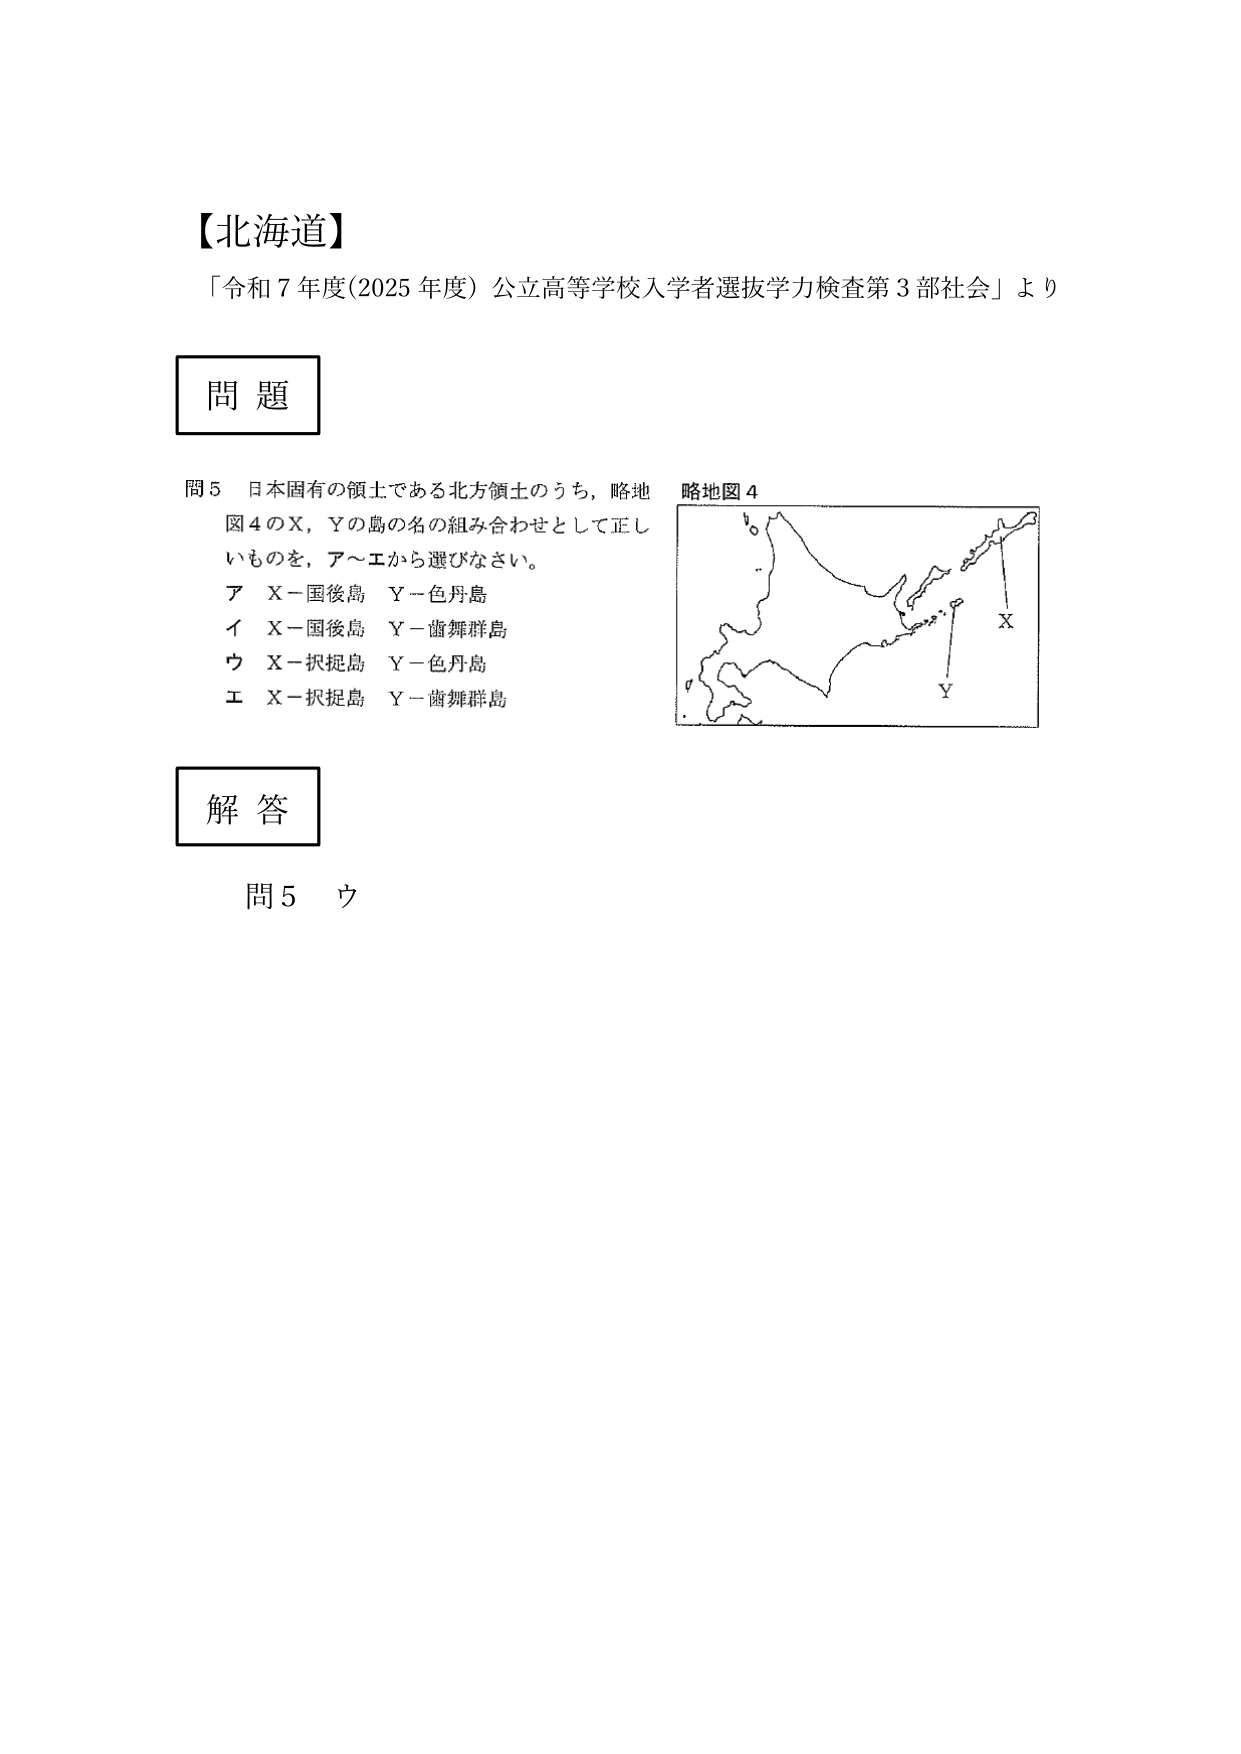
【北海道】
「令和７年度(2025年度) 公立高等学校入学者選抜学力検査第３部社会」より

問題
問５ 日本固有の領土である北方領土のうち，略地図４のＸ，Ｙの島の名の組み合わせとして正しいものを，ア～エから選びなさい。
　ア Ｘ－国後島　Ｙ－色丹島
　イ Ｘ－国後島　Ｙ－歯舞群島
　ウ Ｘ－択捉島　Ｙ－色丹島
　エ Ｘ－択捉島　Ｙ－歯舞群島

略地図４

解答
問５ ウ